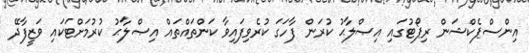
އިންސްޕެކްޝަން ރިޕޯޓުގައި އިޞްލާޙު ކުރަން ފާހަގަ ކުރެވިފައިވާ ކަންތައްތައް އިޞްލާޙު ކުރުމަށްޓަކައި ވަޒީފާދޭ